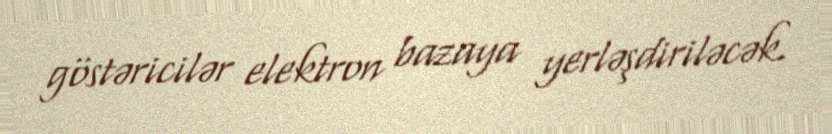
göstəricilər elektron bazaya yerləşdiriləcək.